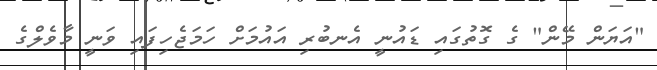
"އަޔަން މޭން" ގެ ގޮތުގައި ޑައުނީ އެނބުރި އައުމަށް ހަމަޖެހިފައި ވަނީ މާވެލްގެ